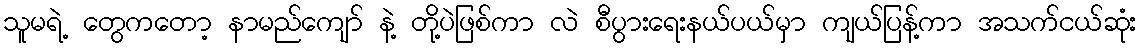
သူမရဲ့ တွေကတော့ နာမည်ကျော် နဲ့ တို့ပဲဖြစ်ကာ လဲ စီပွားရေးနယ်ပယ်မှာ ကျယ်ပြန့်ကာ အသက်ငယ်ဆုံး